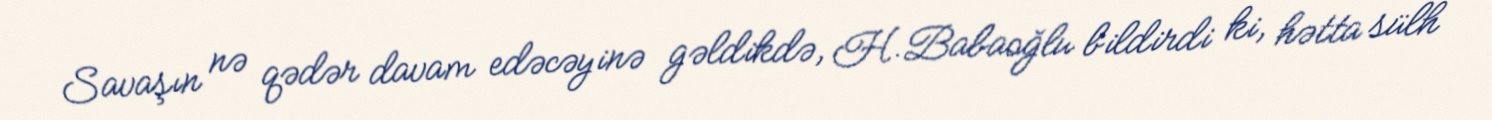
Savaşın nə qədər davam edəcəyinə gəldikdə, H.Babaoğlu bildirdi ki, hətta sülh